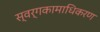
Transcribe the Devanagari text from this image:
स्वर्गकामाधिकरण